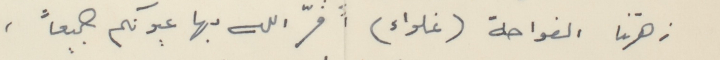
زهرتنا الفواحة (غلواء) أقرّ الله بها عيونكم جميعاً،